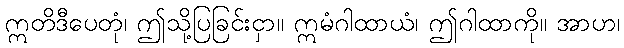
ဣတိဒီပေတုံ၊ ဤသို့ပြခြင်းငှာ။ ဣမံဂါထာယံ၊ ဤဂါထာကို။ အာဟ၊